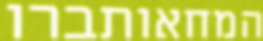
המחאותברו